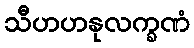
သီဟဟနုလက္ခဏံ